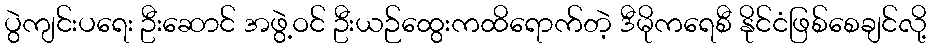
ပွဲကျင်းပရေး ဦးဆောင် အဖွဲ့ဝင် ဦးယဉ်ထွေးကထိရောက်တဲ့ ဒီမိုကရေစီ နိုင်ငံဖြစ်စေချင်လို့